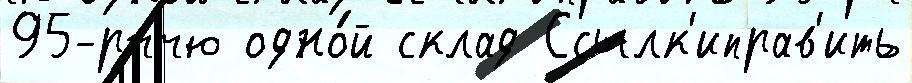
95-рччю одно́й склад Ссылк'иправ'ить